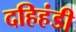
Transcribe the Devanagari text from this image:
दहिहंडी